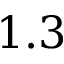
1 . 3